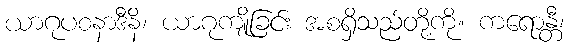
ယာဂုပစနာဒီနိ၊ ယာဂုကျိုခြင်း အစရှိသည်တို့ကို။ ကရောန္တီ၊